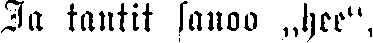
Ja tantit sanoo „hee",